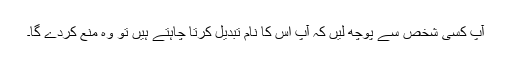
آپ کسی شخص سے پوچھ لیں کہ آپ اُس کا نام تبدیل کرتا چاہتے ہیں تو وہ منع کردے گا۔